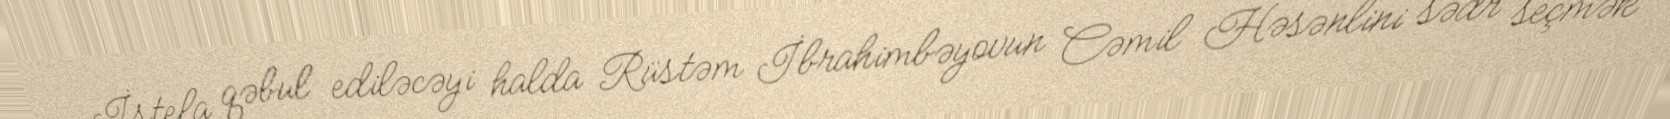
İstefa qəbul ediləcəyi halda Rüstəm İbrahimbəyovun Cəmil Həsənlini sədr seçmək